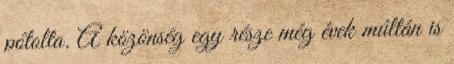
pótolta. A közönség egy része még évek múltán is